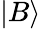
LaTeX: \left\vert B\right\rangle